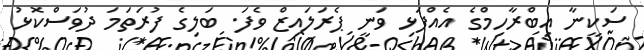
ސަކީނާ އިބްރާހިމްގެ އެއްފަޅި ވަނީ ޕެރަލައިޒް ވެފަ. ބަލިގެ ފުރަތަމަ ދުވަސްކޮޅު